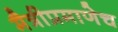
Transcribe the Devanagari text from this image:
मैत्रीप्रमाणेच